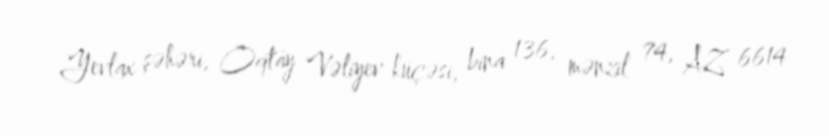
Yevlax şəhəri, Oqtay Vəliyev küçəsi, bina 136, mənzil 74, AZ 6614